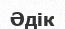
Әдік